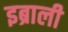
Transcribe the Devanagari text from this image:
इब्राली